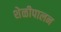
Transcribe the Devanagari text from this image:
शेळीपालन